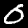
Label: 0